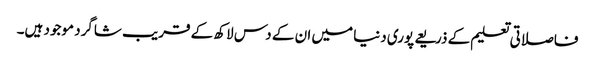
فاصلاتی تعلیم کے ذریعے پوری دنیا میں ان کے دس لاکھ کے قریب شاگرد موجود ہیں۔